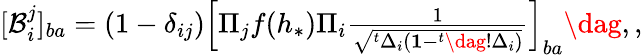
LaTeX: \begin{array}{r}{[\mathcal{B}_{i}^{j}]_{ba}=(1-\delta_{ij})\left[\Pi_{j}f(h_{*})\Pi_{i}\frac{1}{\sqrt{^t\Delta_{i}(\mathbf{1}-^{t}\dag!\Delta_{i})}}\right]_{ba}\dag,,}\end{array}